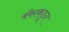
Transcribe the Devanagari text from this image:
बँकाकडून